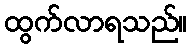
ထွက်လာရသည်။